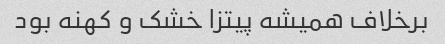
برخلاف همیشه پیتزا خشک و کهنه بود